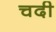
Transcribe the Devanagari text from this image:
चदी